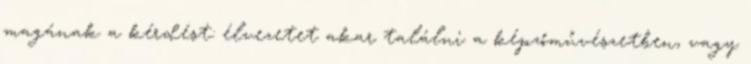
magának a kérdést: élvezetet akar találni a képzőművészetben, vagy